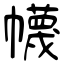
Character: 幭